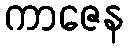
ကာဇေန